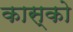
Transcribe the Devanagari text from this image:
कास्को